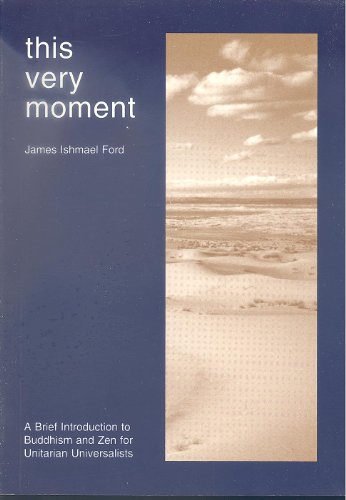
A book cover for This Very Moment: A Brief Introduction to Buddism and Zen for Unitarian Universalists; James Ishmael Ford; Religion & Spirituality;